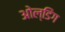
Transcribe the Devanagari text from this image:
ओल्डिंग